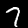
Label: 7